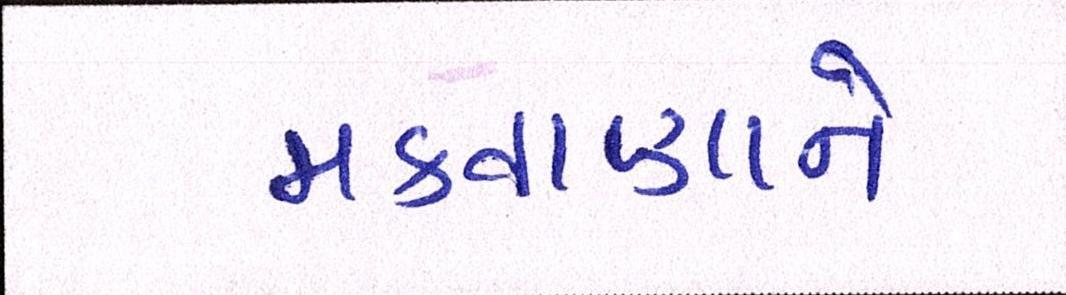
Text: મકવાણાને